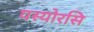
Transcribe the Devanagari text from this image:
यस्योरसि